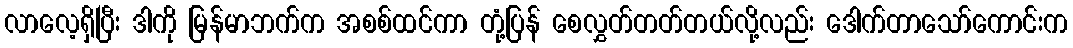
လာလေ့ရှိပြီး ဒါကို မြန်မာဘက်က အစစ်ထင်ကာ တုံ့ပြန် စေလွှတ်တတ်တယ်လို့လည်း ဒေါက်တာသော်ကောင်းက